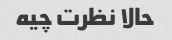
حالا نظرت چیه